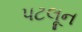
પટલૂન